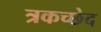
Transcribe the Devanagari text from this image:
त्रकच्छेद